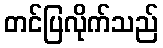
တင်ပြလိုက်သည်